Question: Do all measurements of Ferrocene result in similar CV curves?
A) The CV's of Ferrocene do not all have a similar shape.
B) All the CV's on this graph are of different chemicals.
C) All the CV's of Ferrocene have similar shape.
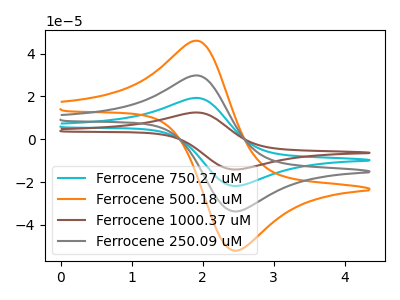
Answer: <think>The cyan curve "Ferrocene 750.27 uM" has an anodic peak at (1.95V, 59.50uA) and a cathodic peak at (2.45V, -67.45uA). The orange curve "Ferrocene 500.18 uM" has an anodic peak at (1.95V, 45.95uA) and a cathodic peak at (2.45V, -52.05uA). The brown curve "Ferrocene 1000.37 uM" has an anodic peak at (1.95V, 89.25uA) and a cathodic peak at (2.45V, -101.15uA). The gray curve "Ferrocene 250.09 uM" has an anodic peak at (1.95V, 29.75uA) and a cathodic peak at (2.45V, -33.70uA).
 All the peaks in "Ferrocene 750.27 uM" have a peak in "Ferrocene 500.18 uM" at the same potential. Every peak in "Ferrocene 750.27 uM" is higher than every peak in "Ferrocene 500.18 uM". All the peaks in "Ferrocene 750.27 uM" have a peak in "Ferrocene 1000.37 uM" at the same potential. Every peak in "Ferrocene 750.27 uM" is lower than every peak in "Ferrocene 1000.37 uM". All the peaks in "Ferrocene 750.27 uM" have a peak in "Ferrocene 250.09 uM" at the same potential. Every peak in "Ferrocene 750.27 uM" is higher than every peak in "Ferrocene 250.09 uM". All the peaks in "Ferrocene 500.18 uM" have a peak in "Ferrocene 1000.37 uM" at the same potential. Every peak in "Ferrocene 500.18 uM" is lower than every peak in "Ferrocene 1000.37 uM". All the peaks in "Ferrocene 500.18 uM" have a peak in "Ferrocene 250.09 uM" at the same potential. Every peak in "Ferrocene 500.18 uM" is higher than every peak in "Ferrocene 250.09 uM". All the peaks in "Ferrocene 1000.37 uM" have a peak in "Ferrocene 250.09 uM" at the same potential. Every peak in "Ferrocene 1000.37 uM" is higher than every peak in "Ferrocene 250.09 uM".</think>
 <answer>C) All the CV's of "Ferrocene" have similar shape.</answer>
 <eval>C</eval>